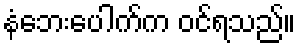
နံဘေးပေါက်က ဝင်ရသည်။